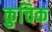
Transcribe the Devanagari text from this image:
कुचिक